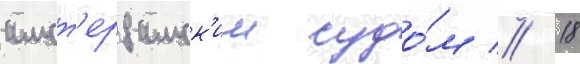
амст'ердамск'им судо́м // 18